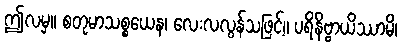
ဤလမှ။ စတုမာသစ္စယေန၊ လေးလလွန်သဖြင့်။ ပရိနိဗ္ဗာယိဿာမိ၊